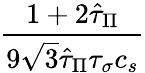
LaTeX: \frac{1+2\hat{\tau}_{\Pi}}{9\sqrt{3}\hat{\tau}_{\Pi}\tau_{\sigma}c_{s}}